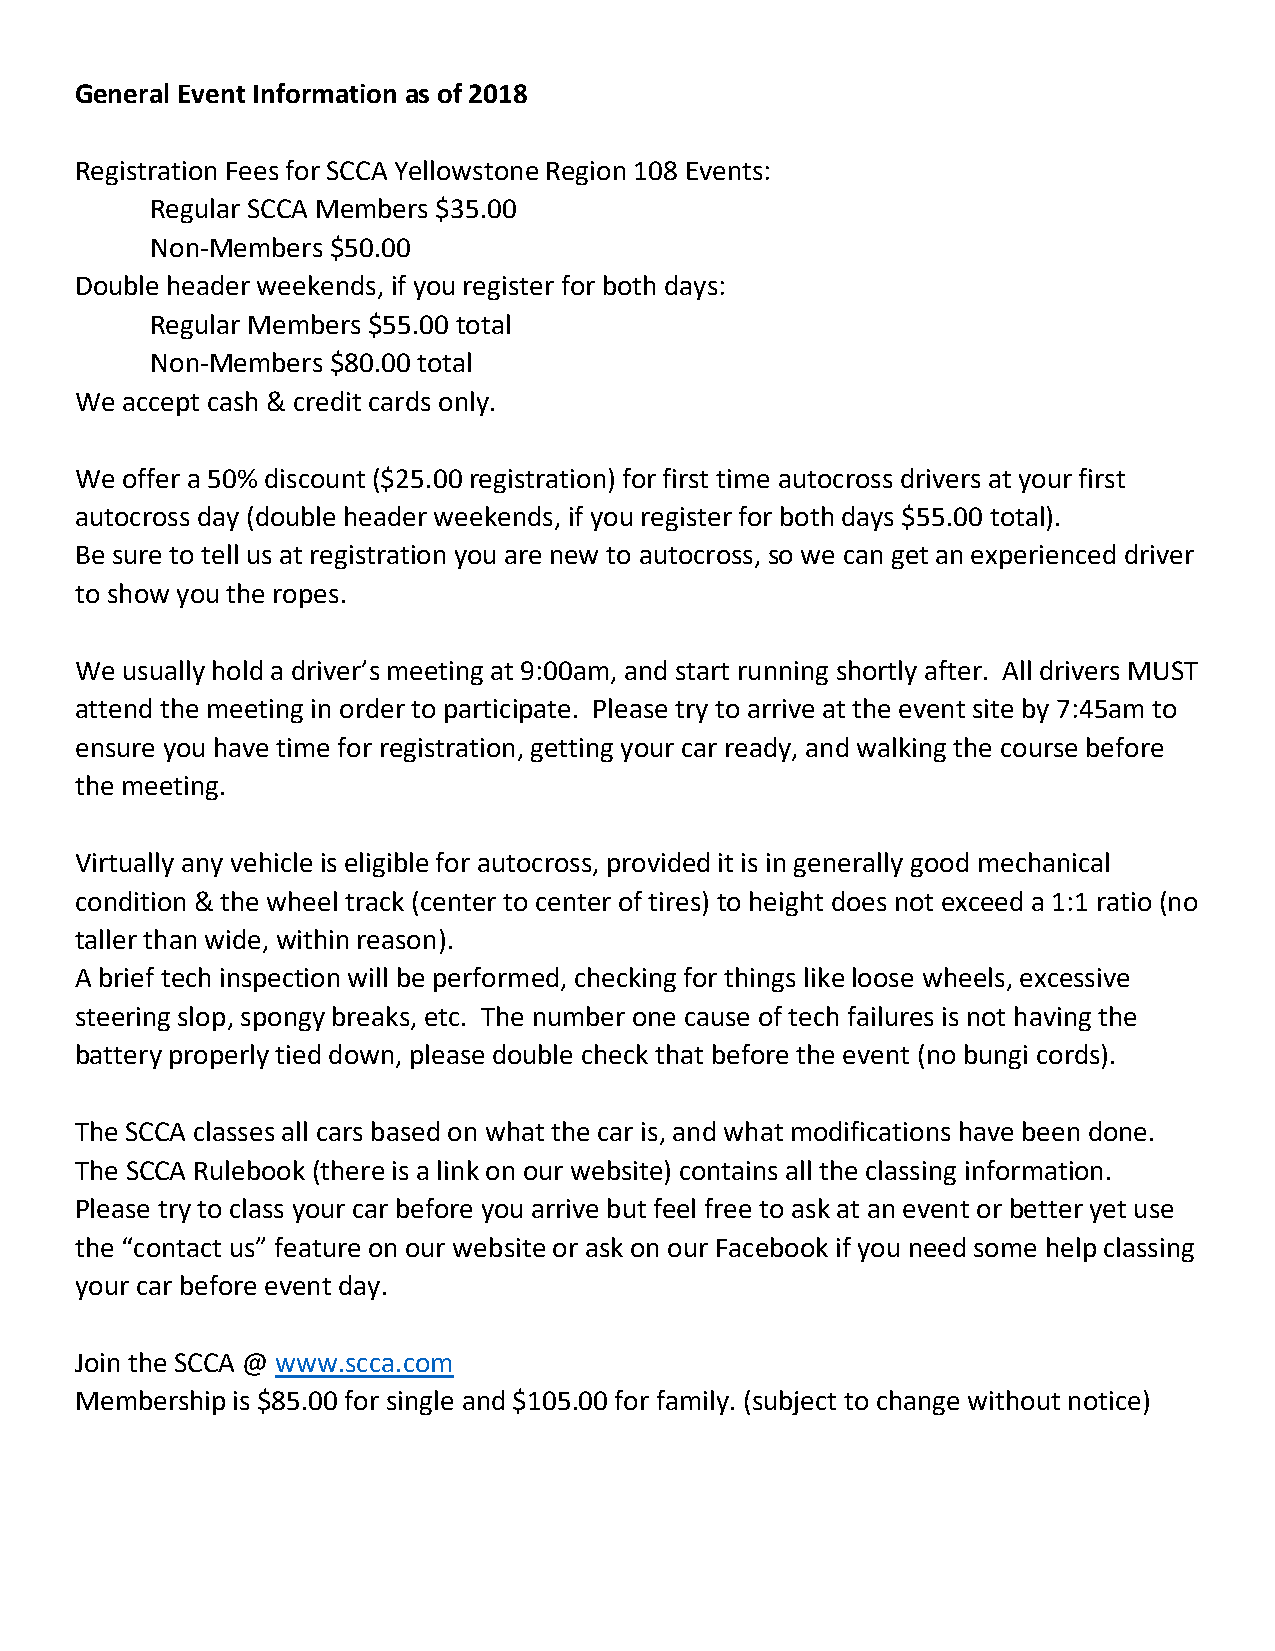
General Event Information as of 2018
 Registration Fees for SCCA Yellowstone Region 108 Events:
 Regular SCCA Members $35.00
 Non-Members $50.00
 Double header weekends, if you register for both days:
 Regular Members $55.00 total
 Non-Members $80.00 total
 We accept cash & credit cards only.
 We offer a 50% discount ($25.00 registration) for first time autocross drivers at your first
 autocross day (double header weekends, if you register for both days $55.00 total).
 Be sure to tell us at registration you are new to autocross, so we can get an experienced driver
 to show you the ropes.
 We usually hold a driver’s meeting at 9:00am, and start running shortly after. All drivers MUST
 attend the meeting in order to participate. Please try to arrive at the event site by 7:45am to
 ensure you have time for registration, getting your car ready, and walking the course before
 the meeting.
 Virtually any vehicle is eligible for autocross, provided it is in generally good mechanical
 condition & the wheel track (center to center of tires) to height does not exceed a 1:1 ratio (no
 taller than wide, within reason).
 A brief tech inspection will be performed, checking for things like loose wheels, excessive
 steering slop, spongy breaks, etc. The number one cause of tech failures is not having the
 battery properly tied down, please double check that before the event (no bungi cords).
 The SCCA classes all cars based on what the car is, and what modifications have been done.
 The SCCA Rulebook (there is a link on our website) contains all the classing information.
 Please try to class your car before you arrive but feel free to ask at an event or better yet use
 the “contact us” feature on our website or ask on our Facebook if you need some help classing
 your car before event day.
 Join the SCCA @ www.scca.com
 Membership is $85.00 for single and $105.00 for family. (subject to change without notice)